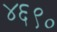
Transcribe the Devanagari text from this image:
४६९०